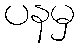
ပနမှ